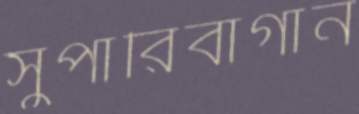
সুপারিবাগান